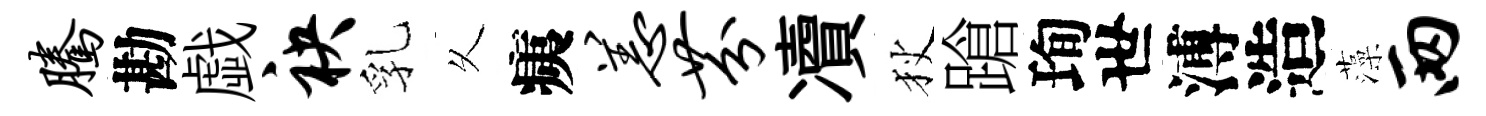
腾勘戯袂乳乆痍恙芬凟狄蹌珣世溥造藻两